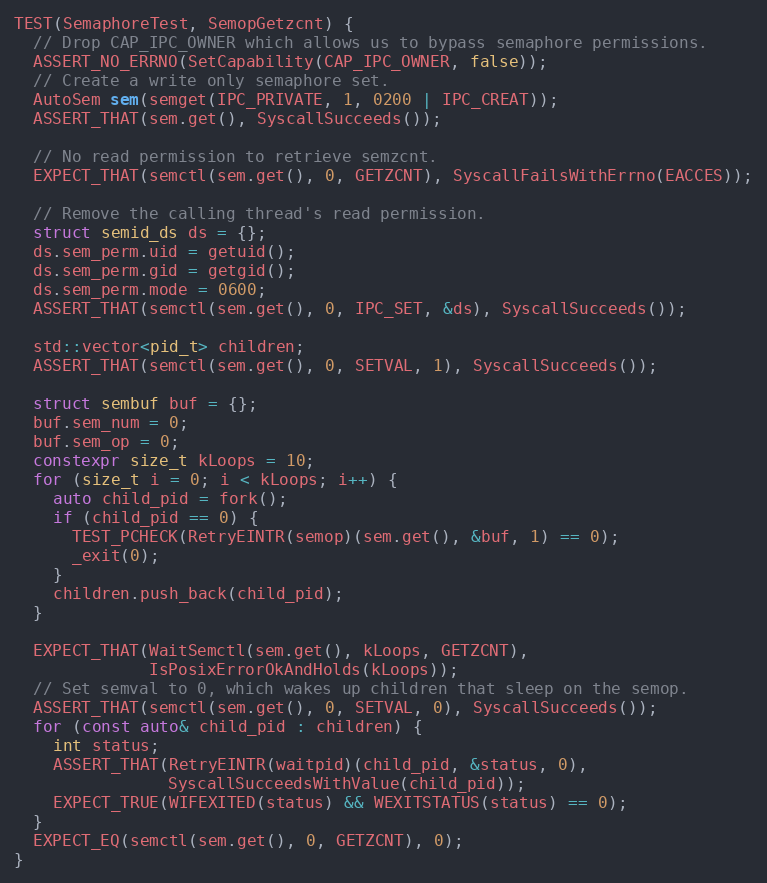
Language: C++
TEST(SemaphoreTest, SemopGetzcnt) {
  // Drop CAP_IPC_OWNER which allows us to bypass semaphore permissions.
  ASSERT_NO_ERRNO(SetCapability(CAP_IPC_OWNER, false));
  // Create a write only semaphore set.
  AutoSem sem(semget(IPC_PRIVATE, 1, 0200 | IPC_CREAT));
  ASSERT_THAT(sem.get(), SyscallSucceeds());

  // No read permission to retrieve semzcnt.
  EXPECT_THAT(semctl(sem.get(), 0, GETZCNT), SyscallFailsWithErrno(EACCES));

  // Remove the calling thread's read permission.
  struct semid_ds ds = {};
  ds.sem_perm.uid = getuid();
  ds.sem_perm.gid = getgid();
  ds.sem_perm.mode = 0600;
  ASSERT_THAT(semctl(sem.get(), 0, IPC_SET, &ds), SyscallSucceeds());

  std::vector<pid_t> children;
  ASSERT_THAT(semctl(sem.get(), 0, SETVAL, 1), SyscallSucceeds());

  struct sembuf buf = {};
  buf.sem_num = 0;
  buf.sem_op = 0;
  constexpr size_t kLoops = 10;
  for (size_t i = 0; i < kLoops; i++) {
    auto child_pid = fork();
    if (child_pid == 0) {
      TEST_PCHECK(RetryEINTR(semop)(sem.get(), &buf, 1) == 0);
      _exit(0);
    }
    children.push_back(child_pid);
  }

  EXPECT_THAT(WaitSemctl(sem.get(), kLoops, GETZCNT),
              IsPosixErrorOkAndHolds(kLoops));
  // Set semval to 0, which wakes up children that sleep on the semop.
  ASSERT_THAT(semctl(sem.get(), 0, SETVAL, 0), SyscallSucceeds());
  for (const auto& child_pid : children) {
    int status;
    ASSERT_THAT(RetryEINTR(waitpid)(child_pid, &status, 0),
                SyscallSucceedsWithValue(child_pid));
    EXPECT_TRUE(WIFEXITED(status) && WEXITSTATUS(status) == 0);
  }
  EXPECT_EQ(semctl(sem.get(), 0, GETZCNT), 0);
}